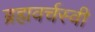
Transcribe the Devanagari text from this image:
ब्रह्मवर्चस्वी